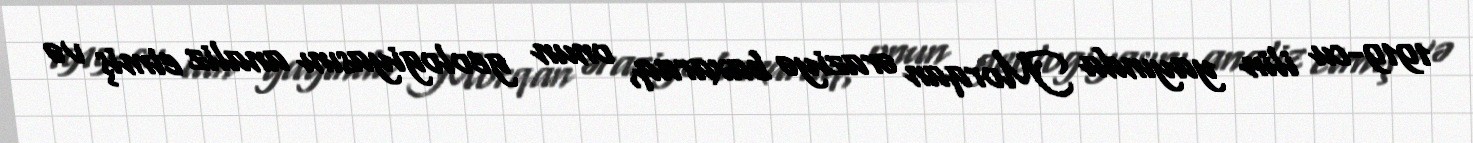
1919-cu ilin yayında Morqan əraziyə baxaraq, onun geologiyasını analiz etmiş və